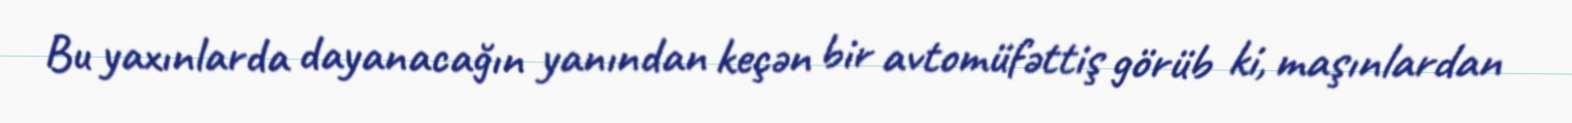
Bu yaxınlarda dayanacağın yanından keçən bir avtomüfəttiş görüb ki, maşınlardan